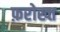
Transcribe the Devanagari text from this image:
फ़रोख्त